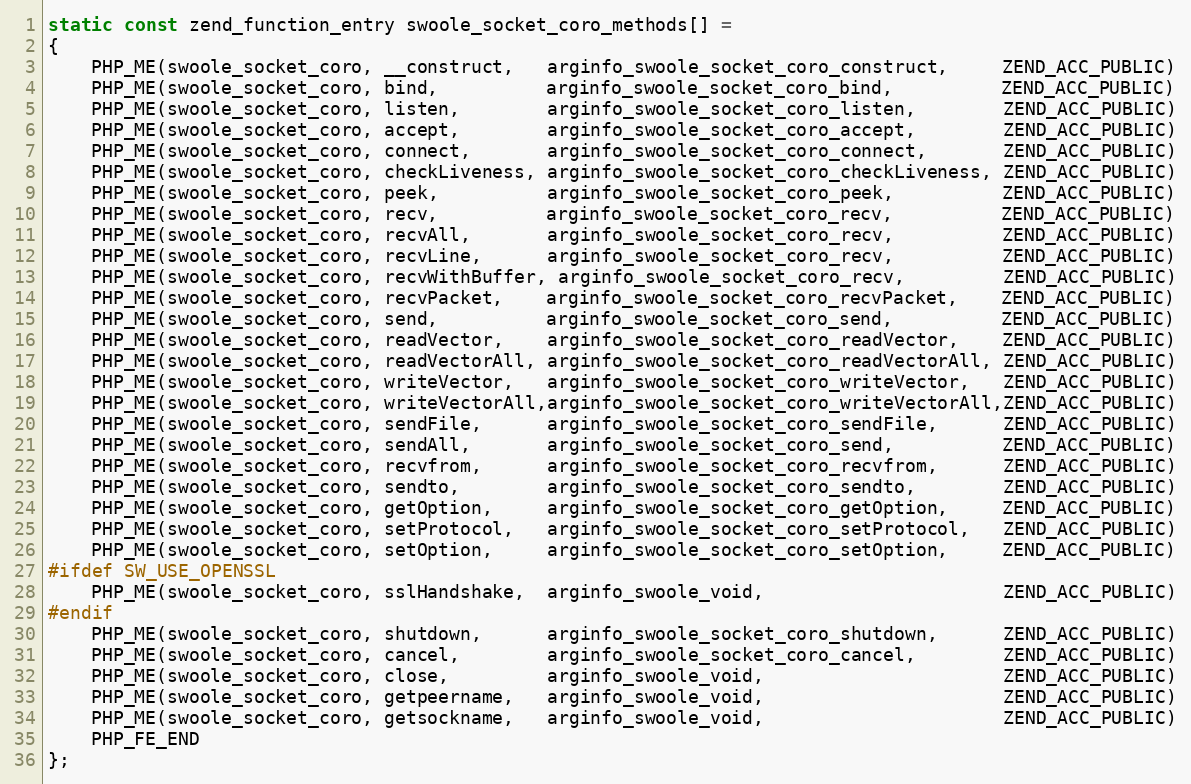
Language: C++
static const zend_function_entry swoole_socket_coro_methods[] =
{
    PHP_ME(swoole_socket_coro, __construct,   arginfo_swoole_socket_coro_construct,     ZEND_ACC_PUBLIC)
    PHP_ME(swoole_socket_coro, bind,          arginfo_swoole_socket_coro_bind,          ZEND_ACC_PUBLIC)
    PHP_ME(swoole_socket_coro, listen,        arginfo_swoole_socket_coro_listen,        ZEND_ACC_PUBLIC)
    PHP_ME(swoole_socket_coro, accept,        arginfo_swoole_socket_coro_accept,        ZEND_ACC_PUBLIC)
    PHP_ME(swoole_socket_coro, connect,       arginfo_swoole_socket_coro_connect,       ZEND_ACC_PUBLIC)
    PHP_ME(swoole_socket_coro, checkLiveness, arginfo_swoole_socket_coro_checkLiveness, ZEND_ACC_PUBLIC)
    PHP_ME(swoole_socket_coro, peek,          arginfo_swoole_socket_coro_peek,          ZEND_ACC_PUBLIC)
    PHP_ME(swoole_socket_coro, recv,          arginfo_swoole_socket_coro_recv,          ZEND_ACC_PUBLIC)
    PHP_ME(swoole_socket_coro, recvAll,       arginfo_swoole_socket_coro_recv,          ZEND_ACC_PUBLIC)
    PHP_ME(swoole_socket_coro, recvLine,      arginfo_swoole_socket_coro_recv,          ZEND_ACC_PUBLIC)
    PHP_ME(swoole_socket_coro, recvWithBuffer, arginfo_swoole_socket_coro_recv,         ZEND_ACC_PUBLIC)
    PHP_ME(swoole_socket_coro, recvPacket,    arginfo_swoole_socket_coro_recvPacket,    ZEND_ACC_PUBLIC)
    PHP_ME(swoole_socket_coro, send,          arginfo_swoole_socket_coro_send,          ZEND_ACC_PUBLIC)
    PHP_ME(swoole_socket_coro, readVector,    arginfo_swoole_socket_coro_readVector,    ZEND_ACC_PUBLIC)
    PHP_ME(swoole_socket_coro, readVectorAll, arginfo_swoole_socket_coro_readVectorAll, ZEND_ACC_PUBLIC)
    PHP_ME(swoole_socket_coro, writeVector,   arginfo_swoole_socket_coro_writeVector,   ZEND_ACC_PUBLIC)
    PHP_ME(swoole_socket_coro, writeVectorAll,arginfo_swoole_socket_coro_writeVectorAll,ZEND_ACC_PUBLIC)
    PHP_ME(swoole_socket_coro, sendFile,      arginfo_swoole_socket_coro_sendFile,      ZEND_ACC_PUBLIC)
    PHP_ME(swoole_socket_coro, sendAll,       arginfo_swoole_socket_coro_send,          ZEND_ACC_PUBLIC)
    PHP_ME(swoole_socket_coro, recvfrom,      arginfo_swoole_socket_coro_recvfrom,      ZEND_ACC_PUBLIC)
    PHP_ME(swoole_socket_coro, sendto,        arginfo_swoole_socket_coro_sendto,        ZEND_ACC_PUBLIC)
    PHP_ME(swoole_socket_coro, getOption,     arginfo_swoole_socket_coro_getOption,     ZEND_ACC_PUBLIC)
    PHP_ME(swoole_socket_coro, setProtocol,   arginfo_swoole_socket_coro_setProtocol,   ZEND_ACC_PUBLIC)
    PHP_ME(swoole_socket_coro, setOption,     arginfo_swoole_socket_coro_setOption,     ZEND_ACC_PUBLIC)
#ifdef SW_USE_OPENSSL
    PHP_ME(swoole_socket_coro, sslHandshake,  arginfo_swoole_void,                      ZEND_ACC_PUBLIC)
#endif
    PHP_ME(swoole_socket_coro, shutdown,      arginfo_swoole_socket_coro_shutdown,      ZEND_ACC_PUBLIC)
    PHP_ME(swoole_socket_coro, cancel,        arginfo_swoole_socket_coro_cancel,        ZEND_ACC_PUBLIC)
    PHP_ME(swoole_socket_coro, close,         arginfo_swoole_void,                      ZEND_ACC_PUBLIC)
    PHP_ME(swoole_socket_coro, getpeername,   arginfo_swoole_void,                      ZEND_ACC_PUBLIC)
    PHP_ME(swoole_socket_coro, getsockname,   arginfo_swoole_void,                      ZEND_ACC_PUBLIC)
    PHP_FE_END
};